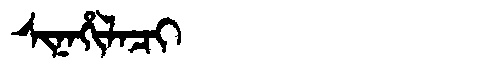
Manchu: ᠰᡳᠨᠠᡥᡳᠯᠠᠴᡳ
Romanization: SINAHILACI